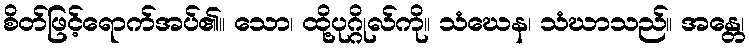
စိတ်ဖြင့်ရောက်အပ်၏။ သော၊ ထို့ပုဂ္ဂိုလ်ကို။ သံဃေန၊ သံဃာသည်။ အန္တေ၊